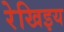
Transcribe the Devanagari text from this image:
रेखिइय